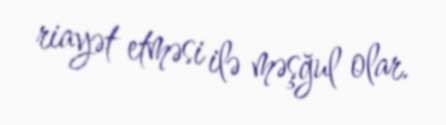
riayət etməsi ilə məşğul olar.